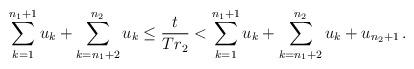
LaTeX: \begin{align*}\sum\limits_{k=1}^{n_1+1}u_k+\sum\limits_{k=n_1+2}^{n_2}u_k\leq \frac{t}{Tr_2}<\sum\limits_{k=1}^{n_1+1}u_k+\sum\limits_{k=n_1+2}^{n_2}u_k+u_{n_2+1}\,.\end{align*}